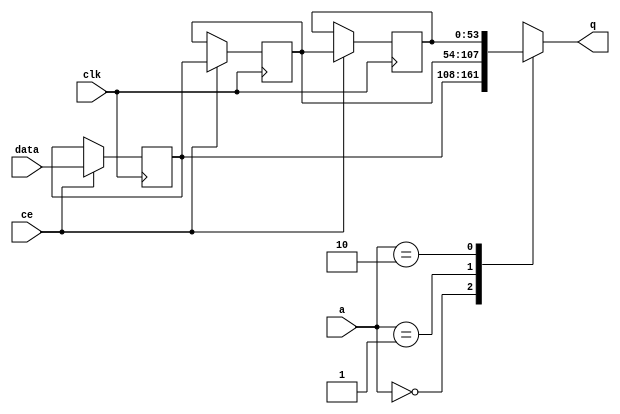
// ==============================================================
// File generated by Vivado(TM) HLS - High-Level Synthesis from C, C++ and SystemC
// Version: 2015.1
// Copyright (C) 2015 Xilinx Inc. All rights reserved.
// 
// ==============================================================


`timescale 1 ns / 1 ps

module FIFO_toe_txApp_eventCache_V_shiftReg (
    clk,
    data,
    ce,
    a,
    q);

parameter DATA_WIDTH = 32'd54;
parameter ADDR_WIDTH = 32'd2;
parameter DEPTH = 32'd3;

input clk;
input [DATA_WIDTH-1:0] data;
input ce;
input [ADDR_WIDTH-1:0] a;
output [DATA_WIDTH-1:0] q;

reg[DATA_WIDTH-1:0] SRL_SIG [0:DEPTH-1];
integer i;

always @ (posedge clk)
    begin
        if (ce)
        begin
            for (i=0;i<DEPTH-1;i=i+1)
                SRL_SIG[i+1] <= SRL_SIG[i];
            SRL_SIG[0] <= data;
        end
    end

assign q = SRL_SIG[a];

endmodule

module FIFO_toe_txApp_eventCache_V (
    clk,
    reset,
    if_empty_n,
    if_read_ce,
    if_read,
    if_dout,
    if_full_n,
    if_write_ce,
    if_write,
    if_din);

parameter MEM_STYLE = "shiftreg";
parameter DATA_WIDTH = 32'd54;
parameter ADDR_WIDTH = 32'd2;
parameter DEPTH = 32'd3;

input clk;
input reset;
output if_empty_n;
input if_read_ce;
input if_read;
output[DATA_WIDTH - 1:0] if_dout;
output if_full_n;
input if_write_ce;
input if_write;
input[DATA_WIDTH - 1:0] if_din;

wire[ADDR_WIDTH - 1:0] shiftReg_addr ;
wire[DATA_WIDTH - 1:0] shiftReg_data, shiftReg_q;
reg[ADDR_WIDTH:0] mOutPtr = {(ADDR_WIDTH+1){1'b1}};
reg internal_empty_n = 0, internal_full_n = 1;

assign if_empty_n = internal_empty_n;
assign if_full_n = internal_full_n;
assign shiftReg_data = if_din;
assign if_dout = shiftReg_q;

always @ (posedge clk) begin
    if (reset == 1'b1)
    begin
        mOutPtr <= ~{ADDR_WIDTH+1{1'b0}};
        internal_empty_n <= 1'b0;
        internal_full_n <= 1'b1;
    end
    else begin
        if (((if_read & if_read_ce) == 1 & internal_empty_n == 1) && 
            ((if_write & if_write_ce) == 0 | internal_full_n == 0))
        begin
            mOutPtr <= mOutPtr -1;
            if (mOutPtr == 0)
                internal_empty_n <= 1'b0;
            internal_full_n <= 1'b1;
        end 
        else if (((if_read & if_read_ce) == 0 | internal_empty_n == 0) && 
            ((if_write & if_write_ce) == 1 & internal_full_n == 1))
        begin
            mOutPtr <= mOutPtr +1;
            internal_empty_n <= 1'b1;
            if (mOutPtr == DEPTH-2)
                internal_full_n <= 1'b0;
        end 
    end
end

assign shiftReg_addr = mOutPtr[ADDR_WIDTH] == 1'b0 ? mOutPtr[ADDR_WIDTH-1:0]:{ADDR_WIDTH{1'b0}};
assign shiftReg_ce = (if_write & if_write_ce) & internal_full_n;

FIFO_toe_txApp_eventCache_V_shiftReg 
#(
    .DATA_WIDTH(DATA_WIDTH),
    .ADDR_WIDTH(ADDR_WIDTH),
    .DEPTH(DEPTH))
U_FIFO_toe_txApp_eventCache_V_ram (
    .clk(clk),
    .data(shiftReg_data),
    .ce(shiftReg_ce),
    .a(shiftReg_addr),
    .q(shiftReg_q));

endmodule